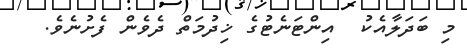
މި ބަދަލާއެކު  އިންޓަނެޓުގެ ޚިދުމަތް ދެވެން ފެށުނެވެ.